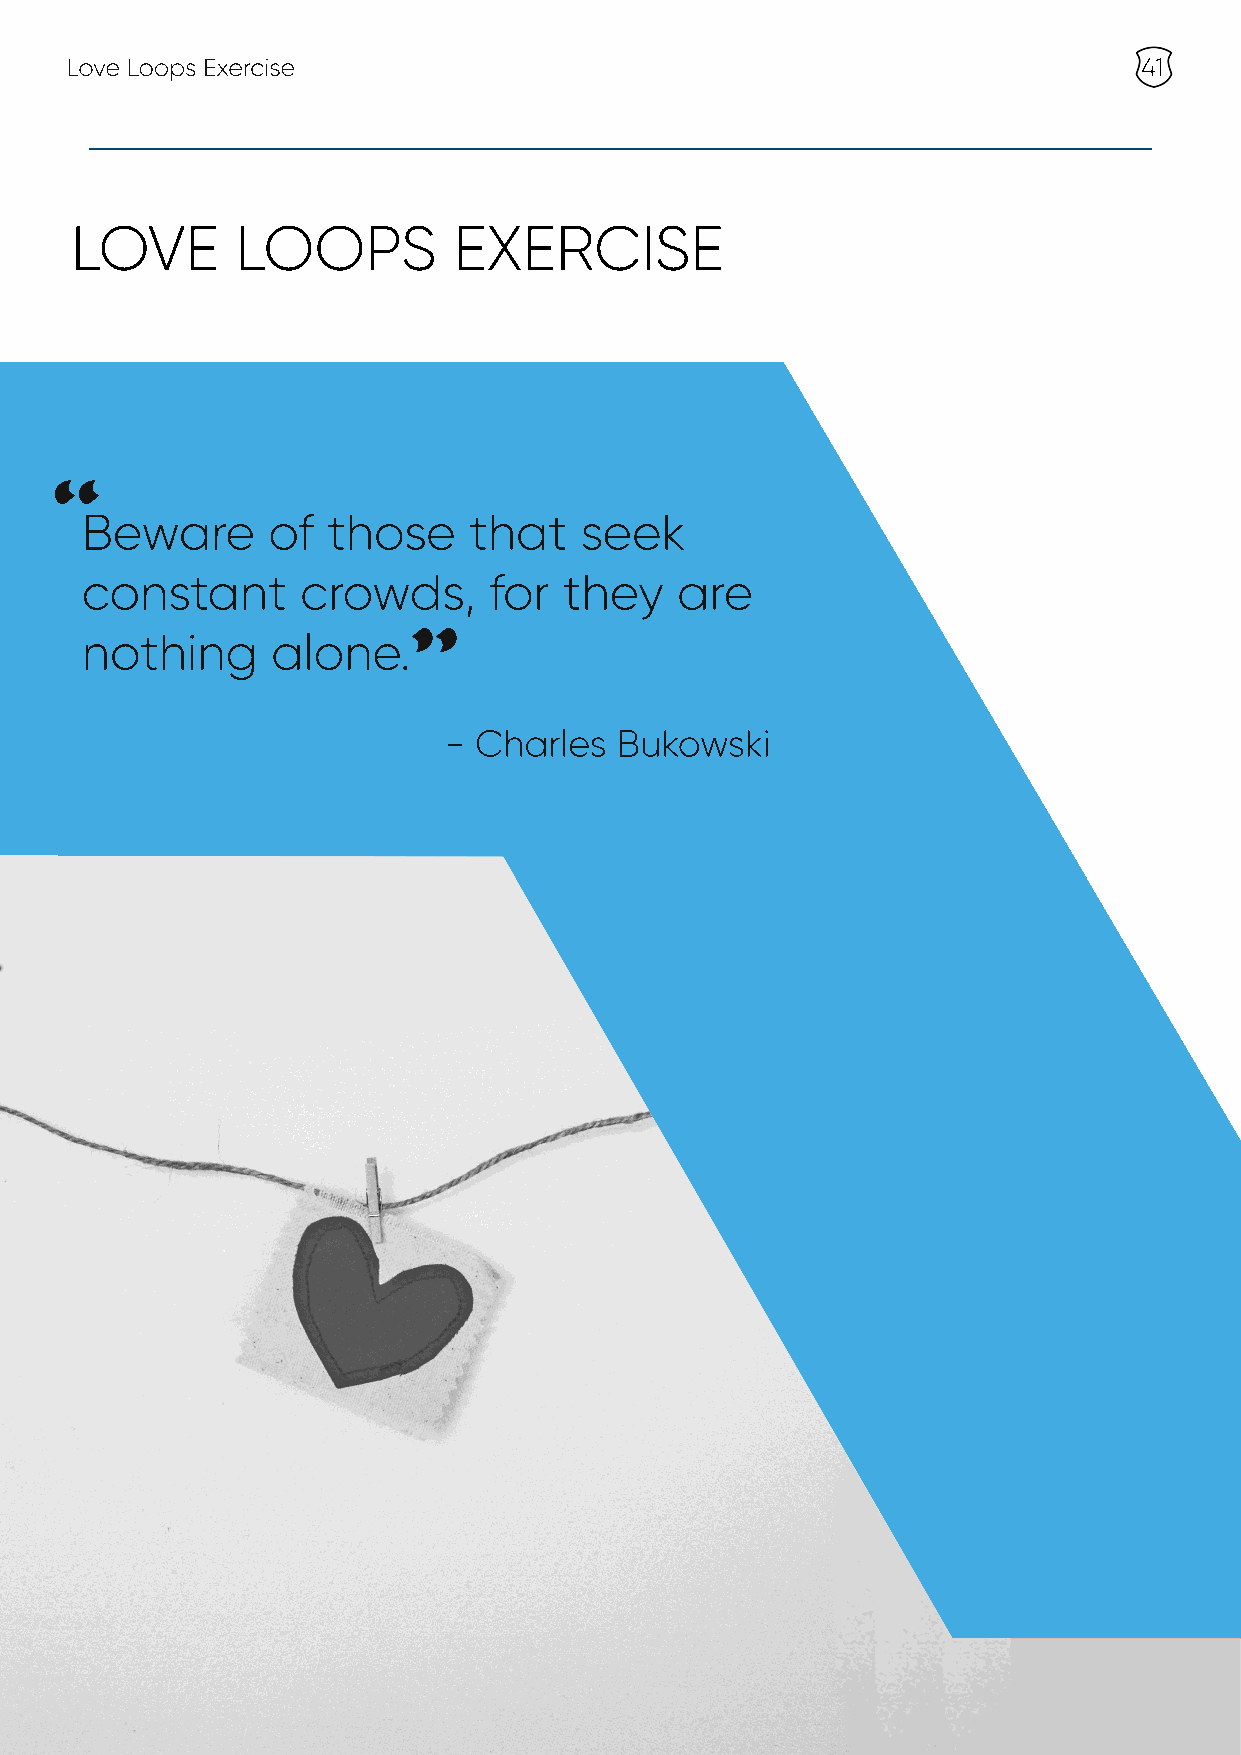
Love Loops Exercise                                                     41
 LOVE       LOOPS         EXERCISE
 “
 Beware       of  those    that   seek
 constant       crowds,     for  they    are
 nothing      alone.
 ”
 - Charles   Bukowski